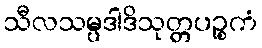
သီလသမ္ပဒါဒိသုတ္တပဉ္စကံ